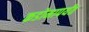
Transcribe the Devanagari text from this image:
कडोमापर्यंत